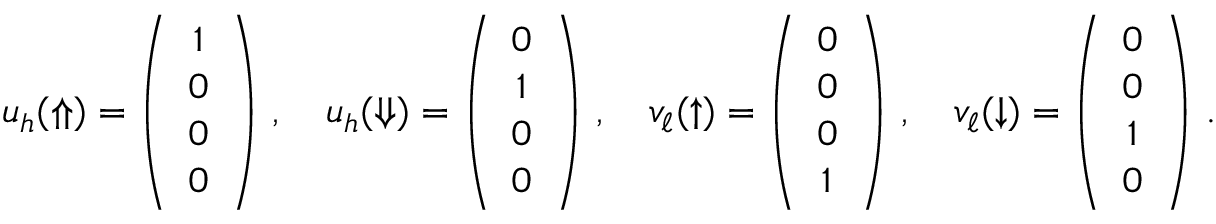
u _ { h } ( \Uparrow ) = \left( \begin{array} { c } { { 1 } } \\ { { 0 } } \\ { { 0 } } \\ { { 0 } } \end{array} \right) \, , \quad u _ { h } ( \Downarrow ) = \left( \begin{array} { c } { { 0 } } \\ { { 1 } } \\ { { 0 } } \\ { { 0 } } \end{array} \right) \, , \quad v _ { \ell } ( \uparrow ) = \left( \begin{array} { c } { { 0 } } \\ { { 0 } } \\ { { 0 } } \\ { { 1 } } \end{array} \right) \, , \quad v _ { \ell } ( \downarrow ) = \left( \begin{array} { c } { { 0 } } \\ { { 0 } } \\ { { 1 } } \\ { { 0 } } \end{array} \right) \, .